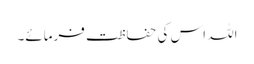
اللہ اس کی حفاظت فرمائے۔